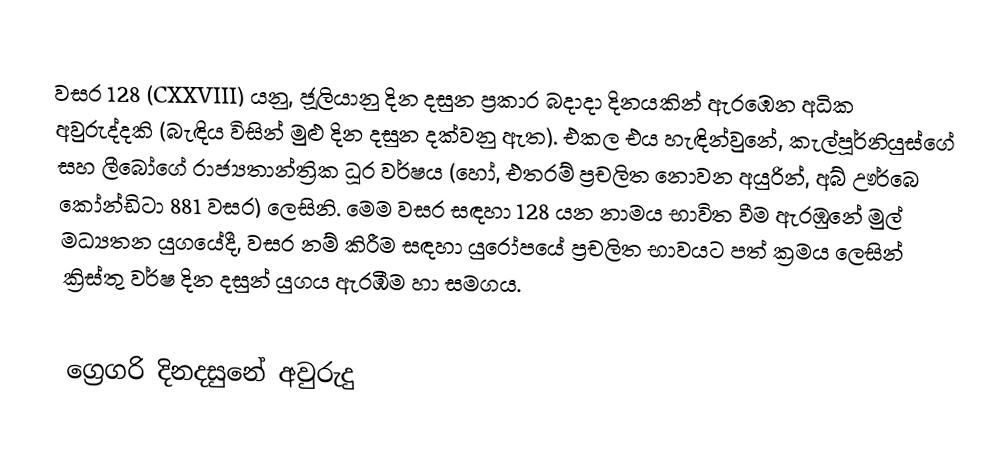

වසර 128 (CXXVIII) යනු,  ජූලියානු දින දසුන ප්‍රකාර   බදාදා දිනයකින් ඇරඹෙන අධික අවුරුද්දකි  (බැඳිය විසින් මුළු දින දසුන දක්වනු ඇත). එකල එය හැඳින්වුනේ, කැල්පූර්නියුස්ගේ සහ ලීබෝගේ රාජ්‍යතාන්ත්‍රික  ධූර වර්ෂය (හෝ, එතරම් ප්‍රචලිත නොවන අයුරින්,  අබ් ඌර්බෙ කෝන්ඩිටා  881 වසර) ලෙසිනි.  මෙම වසර සඳහා 128 යන නාමය භාවිත වීම ඇරඹුනේ මුල් මධ්‍යතන යුගයේදී, වසර නම් කිරීම සඳහා යුරෝපයේ ප්‍රචලිත භාවයට පත් ක්‍රමය ලෙසින් ක්‍රිස්තු වර්ෂ දින දසුන් යුගය ඇරඹීම හා සමගය.

ග්‍රෙගරි දිනදසුනේ අවුරුදු